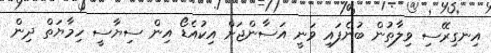
އިނގިރޭސި ވިލާތުން ބުނެފައި ވަނީ އަސާންޖަށް އިކުއެޑޯ އިން ސިޔާސީ ހިމާޔަތް ދިން